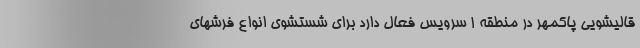
قالیشویی پاکمهر در منطقه 1 سرویس فعال دارد برای شستشوی انواع فرشهای